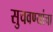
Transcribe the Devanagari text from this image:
सुचवण्यांचा